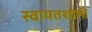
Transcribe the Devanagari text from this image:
स्वायतशासी